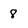
Character: 8